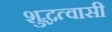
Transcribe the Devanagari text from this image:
शुद्धत्वासी